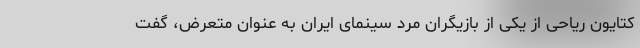
کتایون ریاحی از یکی از بازیگران مرد سینمای ایران به عنوان متعرض، گفت